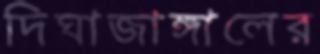
দিঘাজাঙ্গালের